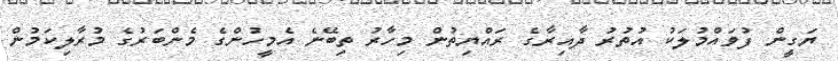
ޔަގީން ފުވައްމުލަކު އުތުރު ދާއިރާގެ ރައްޔިތުން މިހާރު ތިބޭނެ އެމީހުންގެ މެންބަރުގެ މުރާލިކަމުން